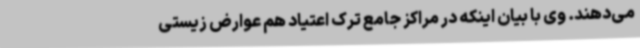
می‌دهند. وی با بیان اینکه در مراکز جامع ترک اعتیاد هم عوارض زیستی